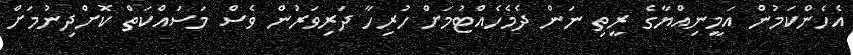
އެހެންކަމުން އަމީނިއްޔާގެ ރީތި ނަން ދެމެހެއްޓުމަށް ހުރިހާ ދަރިވަރުން ވެސް މަސައްކަތް ކޮށްދިނުމަށް